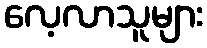
လေ့လာသူများ